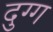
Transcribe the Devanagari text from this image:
दुग्ग